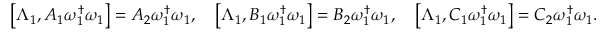
\begin{array} { r } { \left[ \Lambda _ { 1 } , { A _ { 1 } } \omega _ { 1 } ^ { \dagger } \omega _ { 1 } \right] = { A _ { 2 } } \omega _ { 1 } ^ { \dagger } \omega _ { 1 } , \quad \left[ \Lambda _ { 1 } , { B _ { 1 } } \omega _ { 1 } ^ { \dagger } \omega _ { 1 } \right] = { B _ { 2 } } \omega _ { 1 } ^ { \dagger } \omega _ { 1 } , \quad \left[ \Lambda _ { 1 } , { C _ { 1 } } \omega _ { 1 } ^ { \dagger } \omega _ { 1 } \right] = { C _ { 2 } } \omega _ { 1 } ^ { \dagger } \omega _ { 1 } . } \end{array}